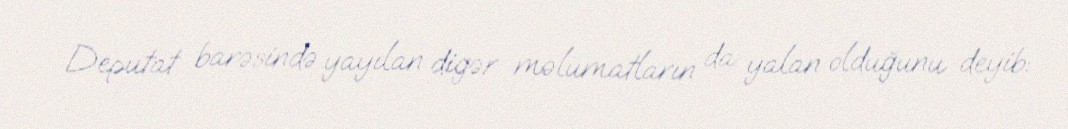
Deputat barəsində yayılan digər məlumatların da yalan olduğunu deyib: